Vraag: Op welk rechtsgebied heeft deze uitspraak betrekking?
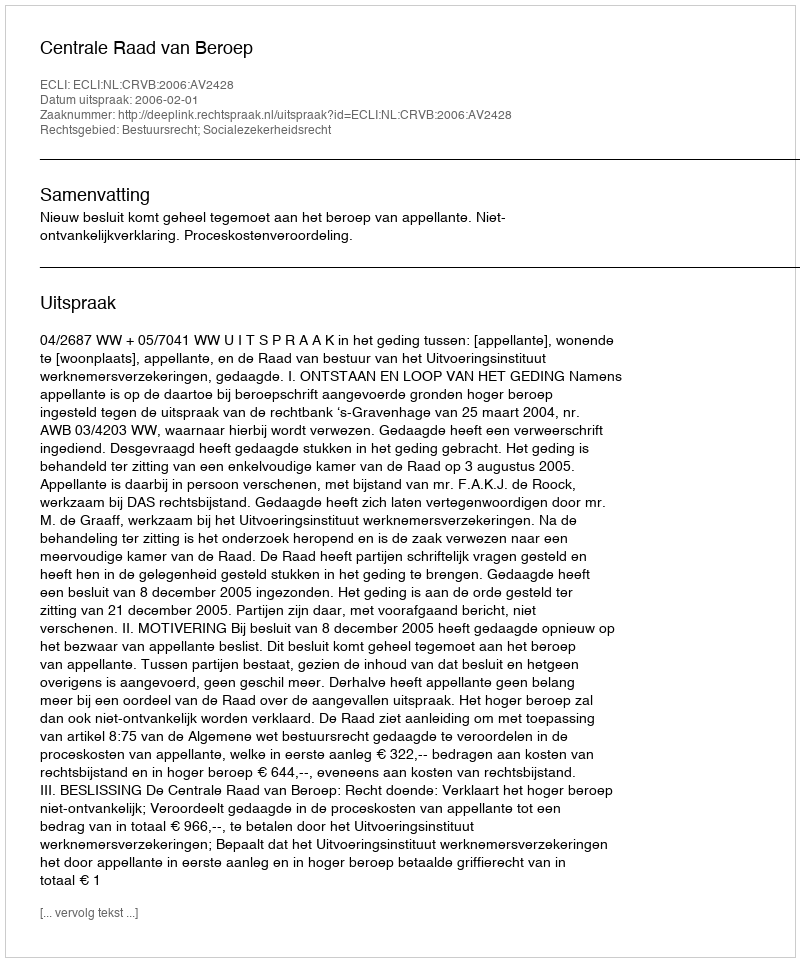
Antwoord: Bestuursrecht; Socialezekerheidsrecht